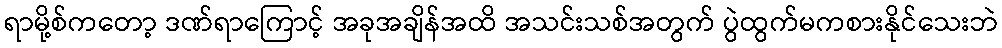
ရာမို့စ်ကတော့ ဒဏ်ရာကြောင့် အခုအချိန်အထိ အသင်းသစ်အတွက် ပွဲထွက်မကစားနိုင်သေးဘဲ